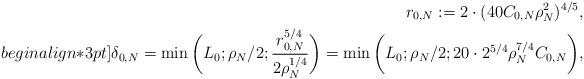
LaTeX: \begin{align*}r_{0,N}:=2 \cdot (40 C_{0,N}\rho_N^2)^{4/5}, \\begin{align*}3pt]\delta_{0,N}=\min\bigg(L_0;{\rho_N}/{2};\frac{r_{0,N}^{5/4}}{2\rho_N^{1/4}}\bigg)=\min\bigg(L_0;{\rho_N}/{2};20\cdot 2^{5/4}\rho_N^{7/4} C_{0,N}\bigg),\end{align*}